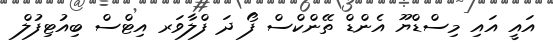
އައީ އައި މިސްޑްޔޫ އެންޑް ތޭންކްސް ފޯ ދަ ފްލާވަރ އިޓްސް ބިއުޓިފުލް